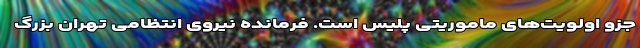
جزو اولویت‌های ماموریتی پلیس است. فرمانده نیروی انتظامی تهران بزرگ